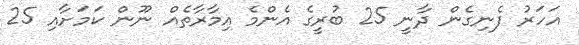
އަހަރު ފެނިގެން ދާނީ 25 ބުރީގެ އެންމެ އިމާރާތެއް ނޫން ކަމަށާއި 25